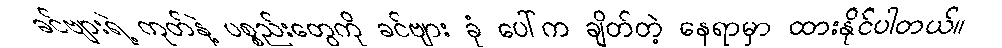
ခင်ဗျားရဲ့ ကုတ်နဲ့ ပစ္စည်းတွေကို ခင်ဗျား ခုံ ပေါ်က ချိတ်တဲ့ နေရာမှာ ထားနိုင်ပါတယ်။